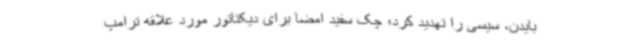
بایدن، سیسی را تهدید کرد؛ چک سفید امضا برای دیکتاتور مورد علاقه ترامپ